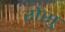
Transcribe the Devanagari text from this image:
रोसु